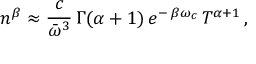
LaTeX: n ^ { \beta } \approx \frac { c } { \bar { \omega } ^ { 3 } } \, \Gamma ( \alpha + 1 ) \, e ^ { - \, \beta \omega _ { c } } \, T ^ { \alpha + 1 } \, ,